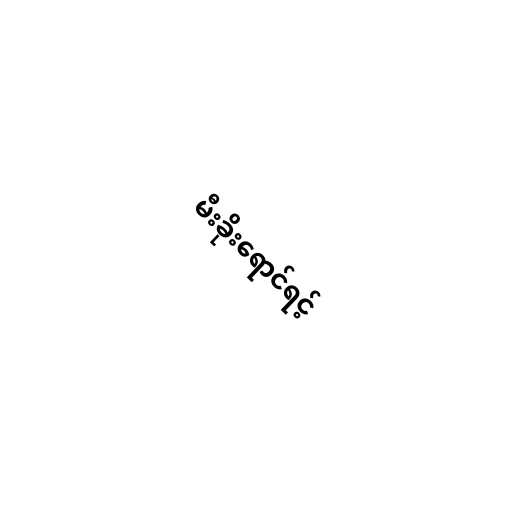
မီးခိုးရောင်ရင့်